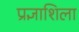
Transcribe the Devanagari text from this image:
प्रज्ञाशिला